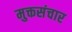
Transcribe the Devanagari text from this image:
मुक्तसंचार